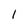
Character: 1